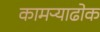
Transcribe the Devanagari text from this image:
कामऱ्याढोक